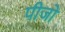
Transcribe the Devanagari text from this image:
पीजो